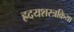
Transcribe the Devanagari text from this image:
ह्रदयशस्त्रक्रिया